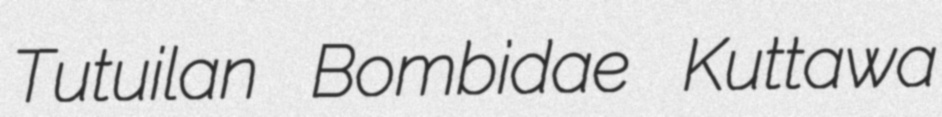
Tutuilan Bombidae Kuttawa